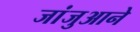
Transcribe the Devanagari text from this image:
जांजुआने